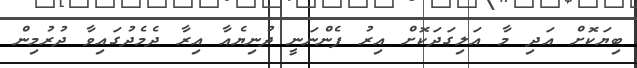
ބިޔަކޮށް އަދި މާ އަލިގަދަކޮށް އިރު ފެންނަނީ ދުނިޔެއާ އިރާ ދެމެދުގައިވާ ދުރުމިން